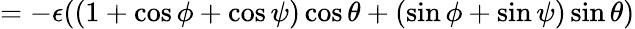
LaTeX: =-\epsilon((1+\cos\phi+\cos\psi)\cos\theta+(\sin\phi+\sin\psi)\sin\theta)